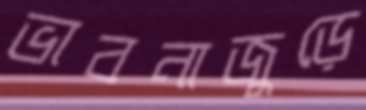
ভাবনাজুড়ে